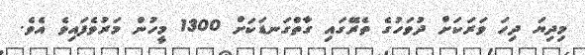
މިދިޔަ ދިހަ ވަރަކަށް ދުވަހުގެ ތެރޭގައި ގާތްގަނޑަކަށް 1300 މީހުން މަރުވެފައިވެ އެވެ.